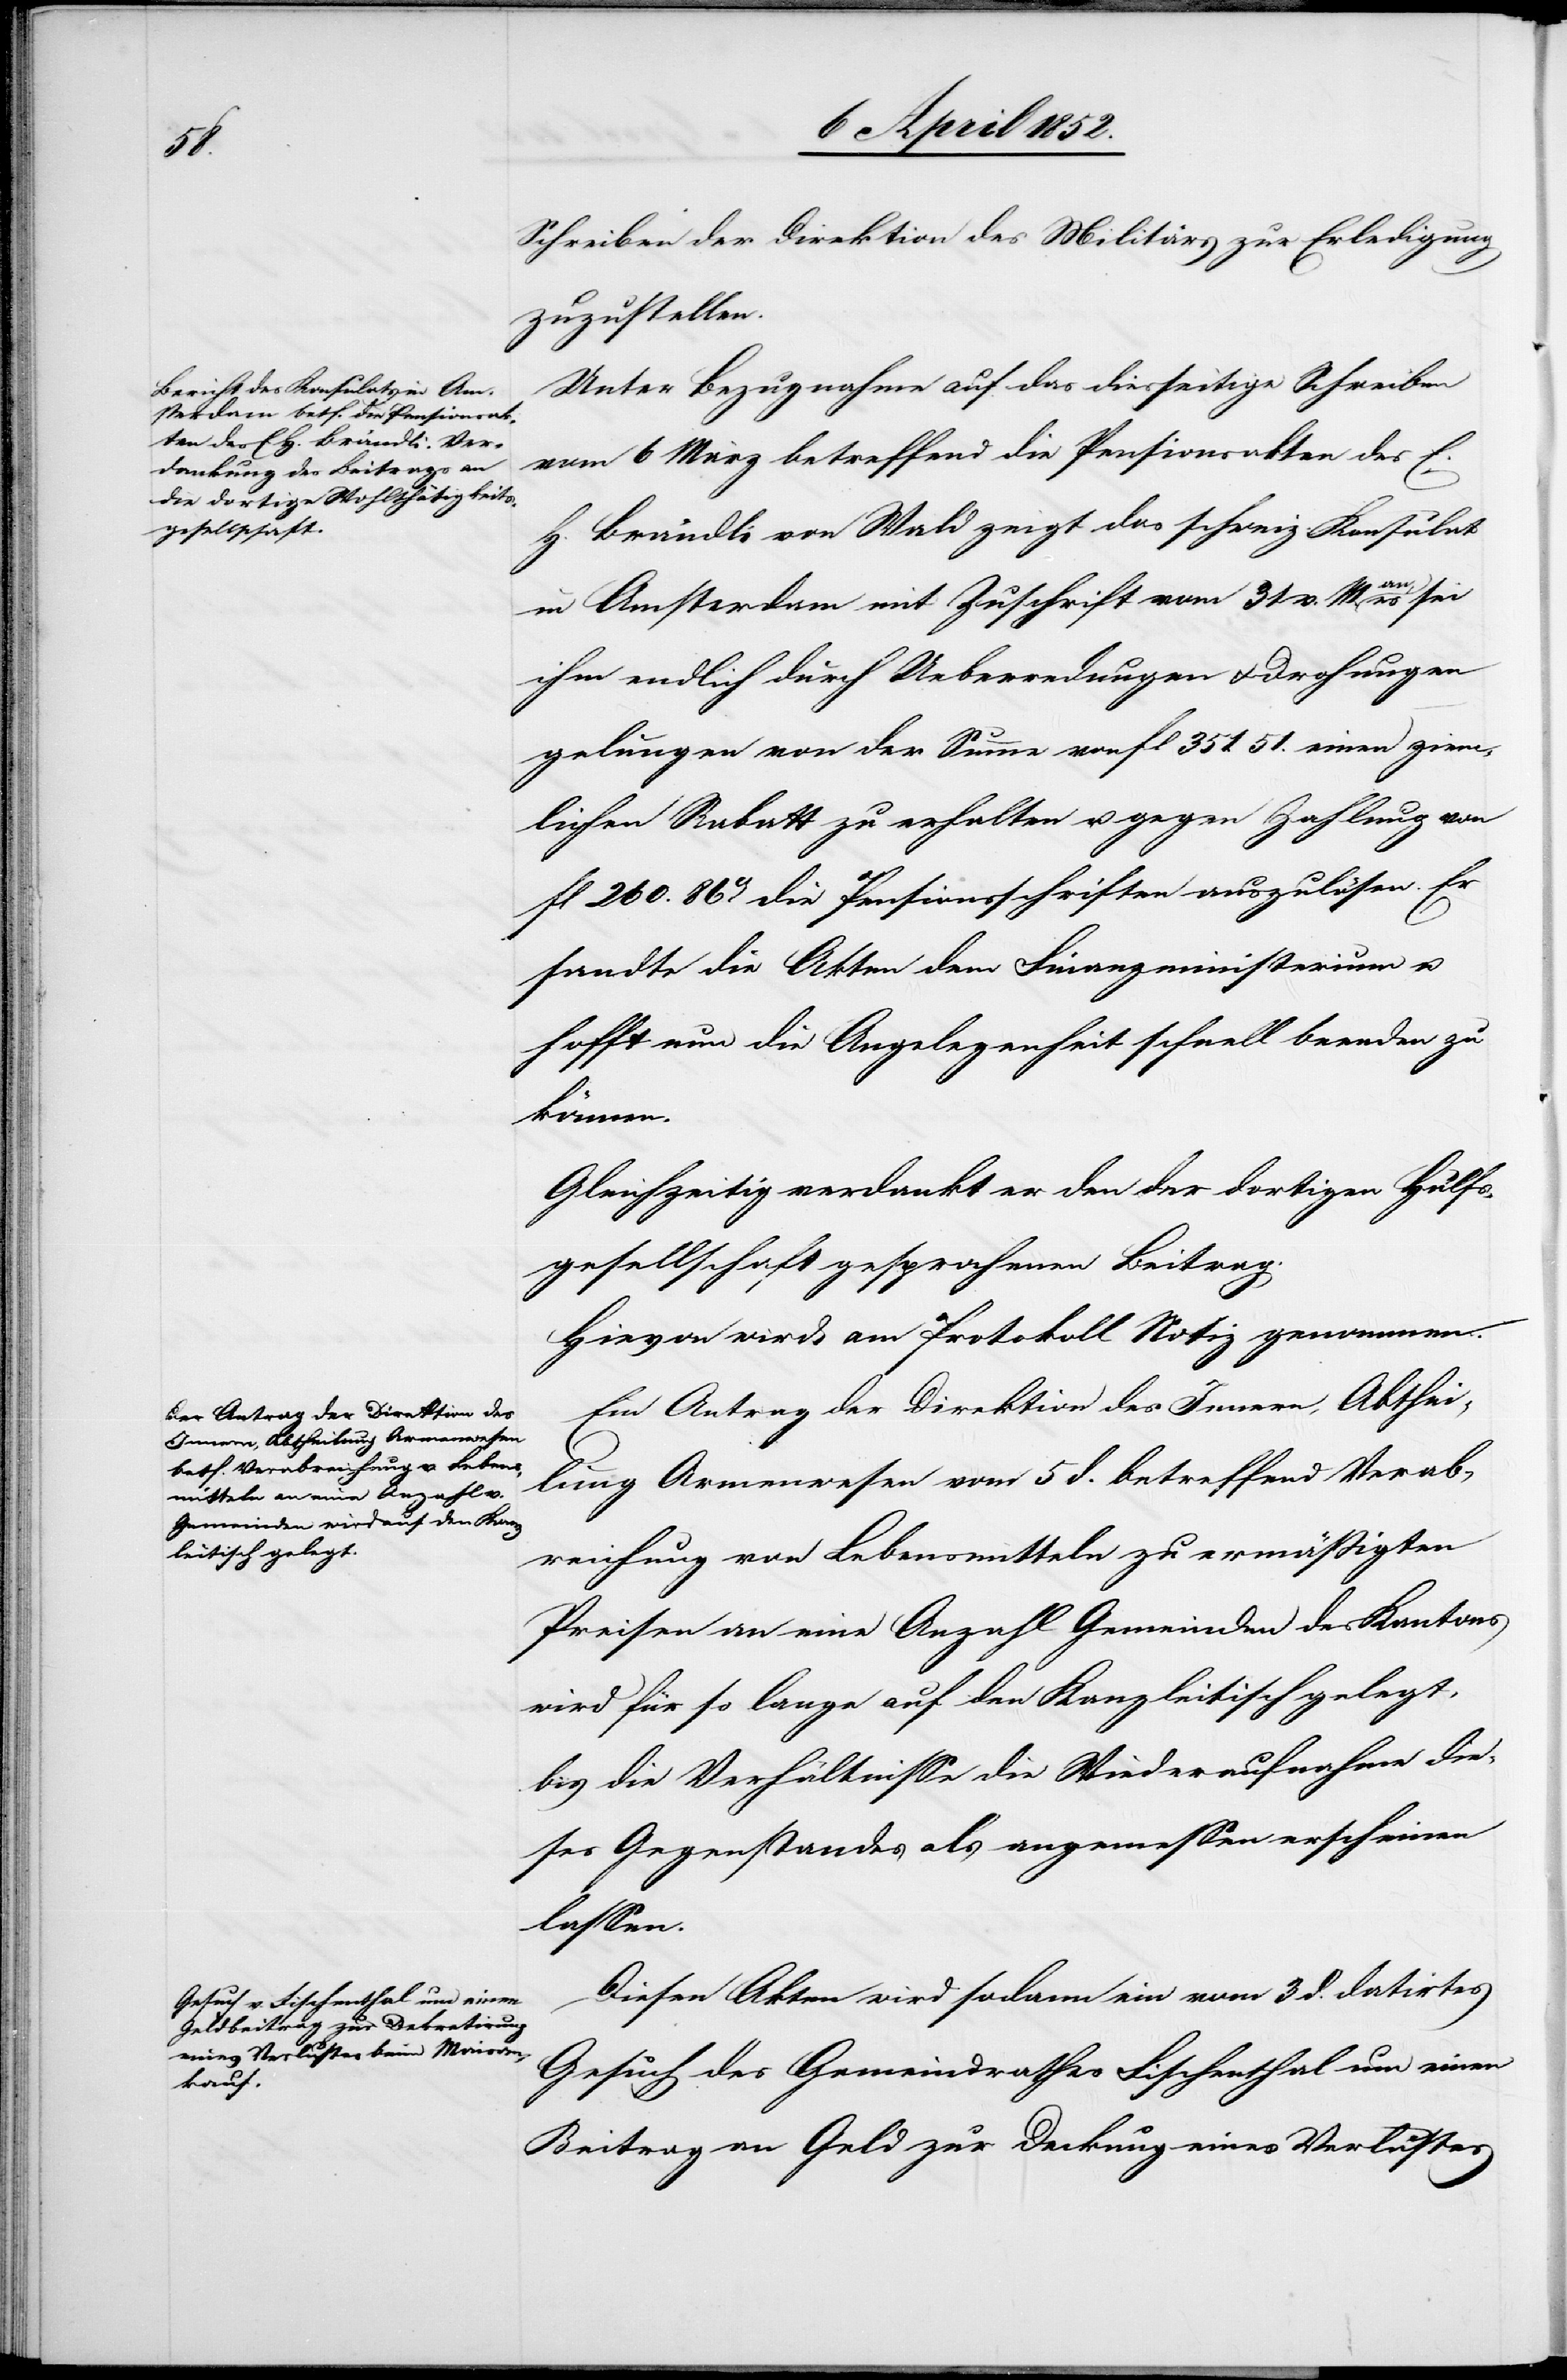
Schreiben der Direktion des Militärs zur Erledigung
zuzustellen.
Unter Bezugnahme auf das diesseitige Schreiben
vom 6 März betreffend die Pensionsakten des E.
H. Brändli von Wald zeigt das schweiz: Konsulat
in Amsterdam mit Zuschrift vom 31 v. M. an, es sei
ihm endlich durch Ueberredungen & Drohungen
gelungen von der Summe von fl 351. 51. einen ziem¬
lichen Rabatt zu erhalten u. gegen Zahlung von
fl 260. 86rp[en] die Pensionsschriften auszulösen. Er
sandte die Akten dem Finanzministerium u.
hofft nun die Angelegenheit schnell beenden zu
können.
Gleichzeitig verdankt er den der dortigen Hülfs¬
gesellschaft gesprochenen Beitrag.
Hievon wird am Protokoll Notiz genommen.
Ein Antrag der Direktion des Innern, Abthei¬
lung Armenwesen vom 5 d. betreffend Verab¬
reichung von Lebensmitteln zu ermässigten
Preisen an eine Anzahl Gemeinden des Kantons
wird für so lange auf den Kanzleitisch gelegt,
bis die Verhältnisse die Wiederaufnahme die¬
ses Gegenstandes als angemessen erscheinen
lassen.
Diesen Akten wird sodann ein vom 3 d. datirtes
Gesuch des Gemeindrathes Fischenthal um einen
Beitrag an Geld zur Deckung eines Verlustes